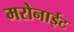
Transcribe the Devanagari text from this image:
मरोनाईट